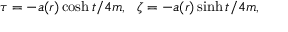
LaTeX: \tau = - a ( r ) \cosh t / 4 m , ~ ~ \zeta = - a ( r ) \sinh t / 4 m ,